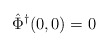
\begin{align*}\hat\Phi^\dagger(0,0) &= 0\end{align*}